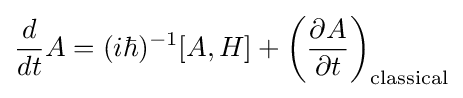
{\frac {d}{dt}}A=(i\hbar )^{-1}[A,H]+\left({\frac {\partial A}{\partial t}}\right)_{\mathrm {classical} }